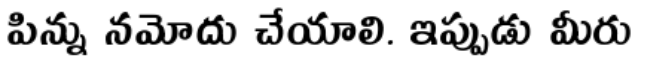
పిన్ను నమోదు చేయాలి. ఇప్పుడు మీరు